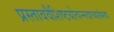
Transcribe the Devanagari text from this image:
प्रस्ताववैशिष्टयोत्पन्नवाच्यसंभवा